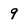
Character: 9